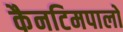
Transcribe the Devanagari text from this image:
कैनटिमपालो